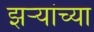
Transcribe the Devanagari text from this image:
झर्‍यांच्या